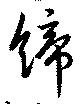
締